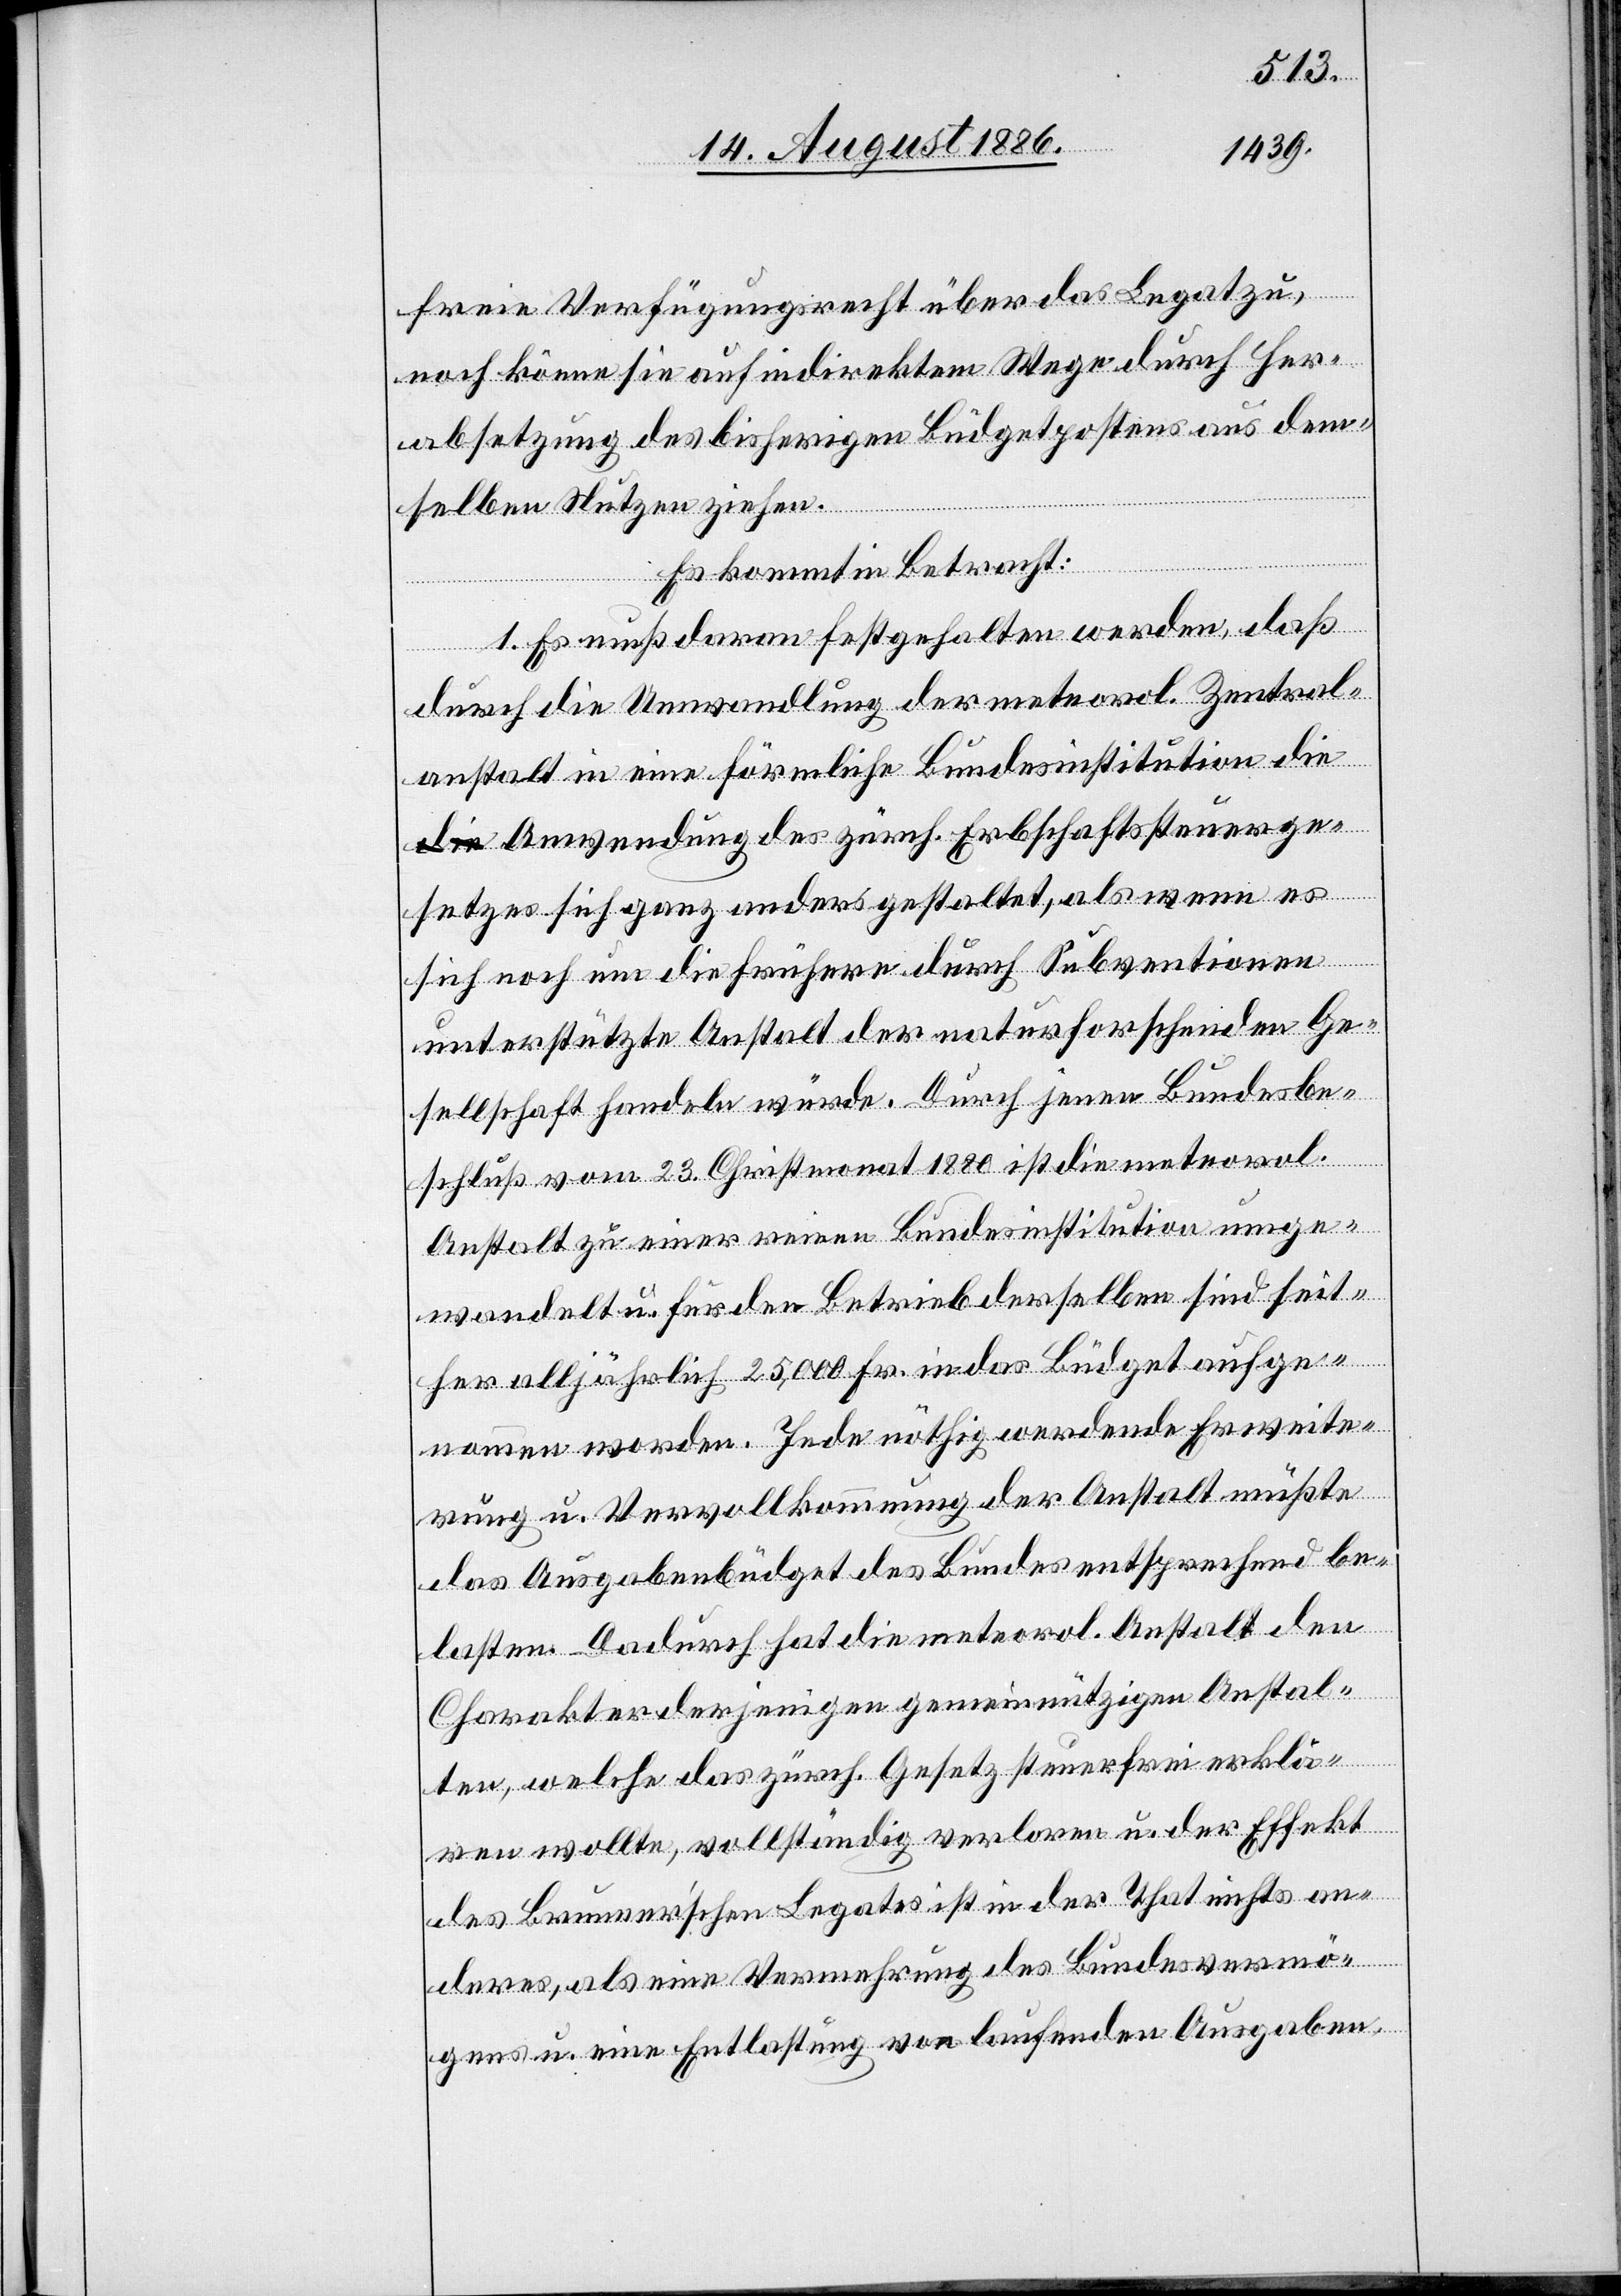
freie Verfügungsrecht über das Legat zu,
noch könne sie auf indirektem Wege durch Her¬
absetzung des bisherigen Büdgetpostens aus dem¬
selben Nutzen ziehen.
Es kommt in Betracht:
1. Es muß daran festgehalten werden, daß
durch die Umwandlung der meteorol. Zentral¬
anstalt in eine förmliche Bundesinstitution die
Anwendung des zürch. Erbschaftssteuerge¬
setzes sich ganz anders gestaltet, als wenn es
unterstützte Anstalt der naturforschenden Ge¬
sellschaft handeln würde. Durch jenen Bundesbe¬
schluß vom 23. Christmonat 1880 ist die meteorol.
Anstalt zu einer reinen Bundesinstitution umge¬
wandelt u. für den Betrieb derselben sind seit¬
her alljährlich 25,000 Fr. in das Büdget aufge¬
nommen worden. Jede nöthig werdende Erweite¬
rung u. Vervollkommnung der Anstalt müßte
das Ausgabenbüdget des Bundes entsprechend be¬
lasten. Dadurch hat die meteorol. Anstalt den
Charakter derjenigen gemeinnützigen Anstal¬
ten, welche das zürch. Gesetz steuerfrei erklä¬
ren wollte, vollständig verloren u. der Effekt
des Brunnerʼschen Legates ist in der That nichts an¬
deres, als eine Vermehrung des Bundesvermö¬
gens u. eine Entlastung von laufenden Ausgaben,